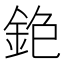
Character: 𨥹